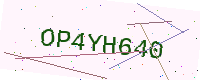
Text: OP4YH640